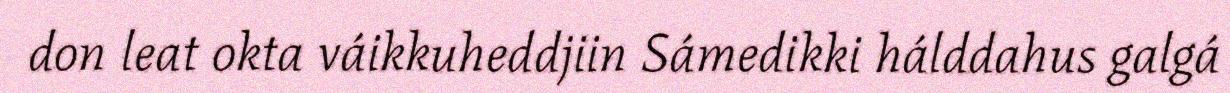
don leat okta váikkuheddjiin Sámedikki hálddahus galgá